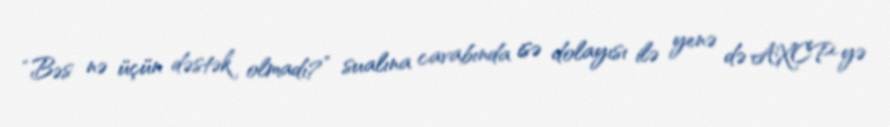
“Bəs nə üçün dəstək olmadı?” sualına cavabında isə dolayısı ilə yenə də AXCP-yə